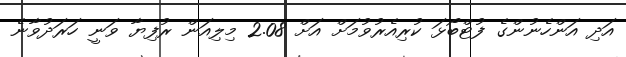
އަދި އަންހެނުންގެ ފުޓްބޯޅަ ކުރިއެރުވުމަށް އަށް 2.08 މިލިއަން ރުފިޔާ ވަނީ ހަރަދުވާނެ